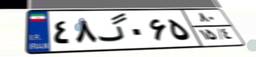
۴۸گ۰۶۵۸۰